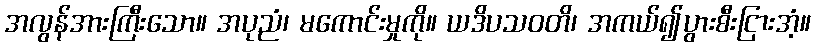
အလွန်အားကြီးသော။ အပုညံ၊ မကောင်းမှုကို။ ယဒိပသဝတိ၊ အကယ်၍ပွားစီးငြားအံ့။